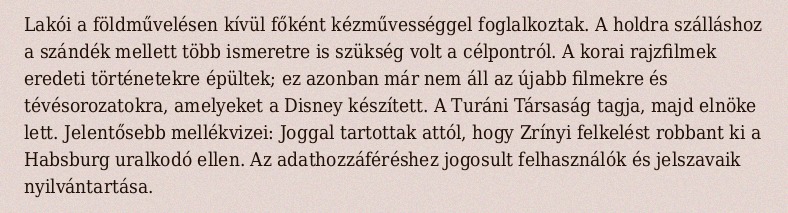
Lakói a földművelésen kívül főként kézművességgel foglalkoztak. A holdra szálláshoz a szándék mellett több ismeretre is szükség volt a célpontról. A korai rajzfilmek eredeti történetekre épültek; ez azonban már nem áll az újabb filmekre és tévésorozatokra, amelyeket a Disney készített. A Turáni Társaság tagja, majd elnöke lett. Jelentősebb mellékvizei: Joggal tartottak attól, hogy Zrínyi felkelést robbant ki a Habsburg uralkodó ellen. Az adathozzáféréshez jogosult felhasználók és jelszavaik nyilvántartása.